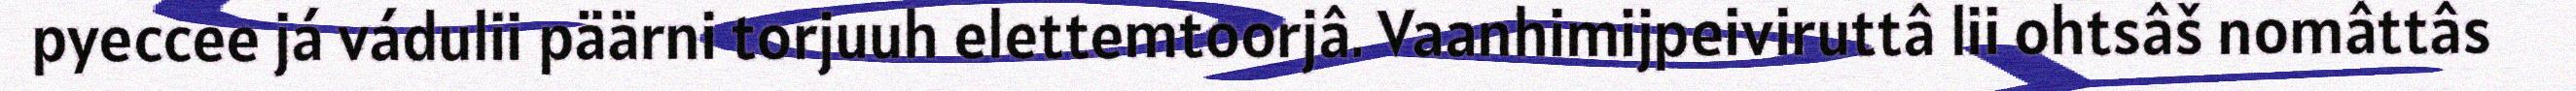
pyeccee já vádulii päärni torjuuh elettemtoorjâ. Vaanhimijpeiviruttâ lii ohtsâš nomâttâs